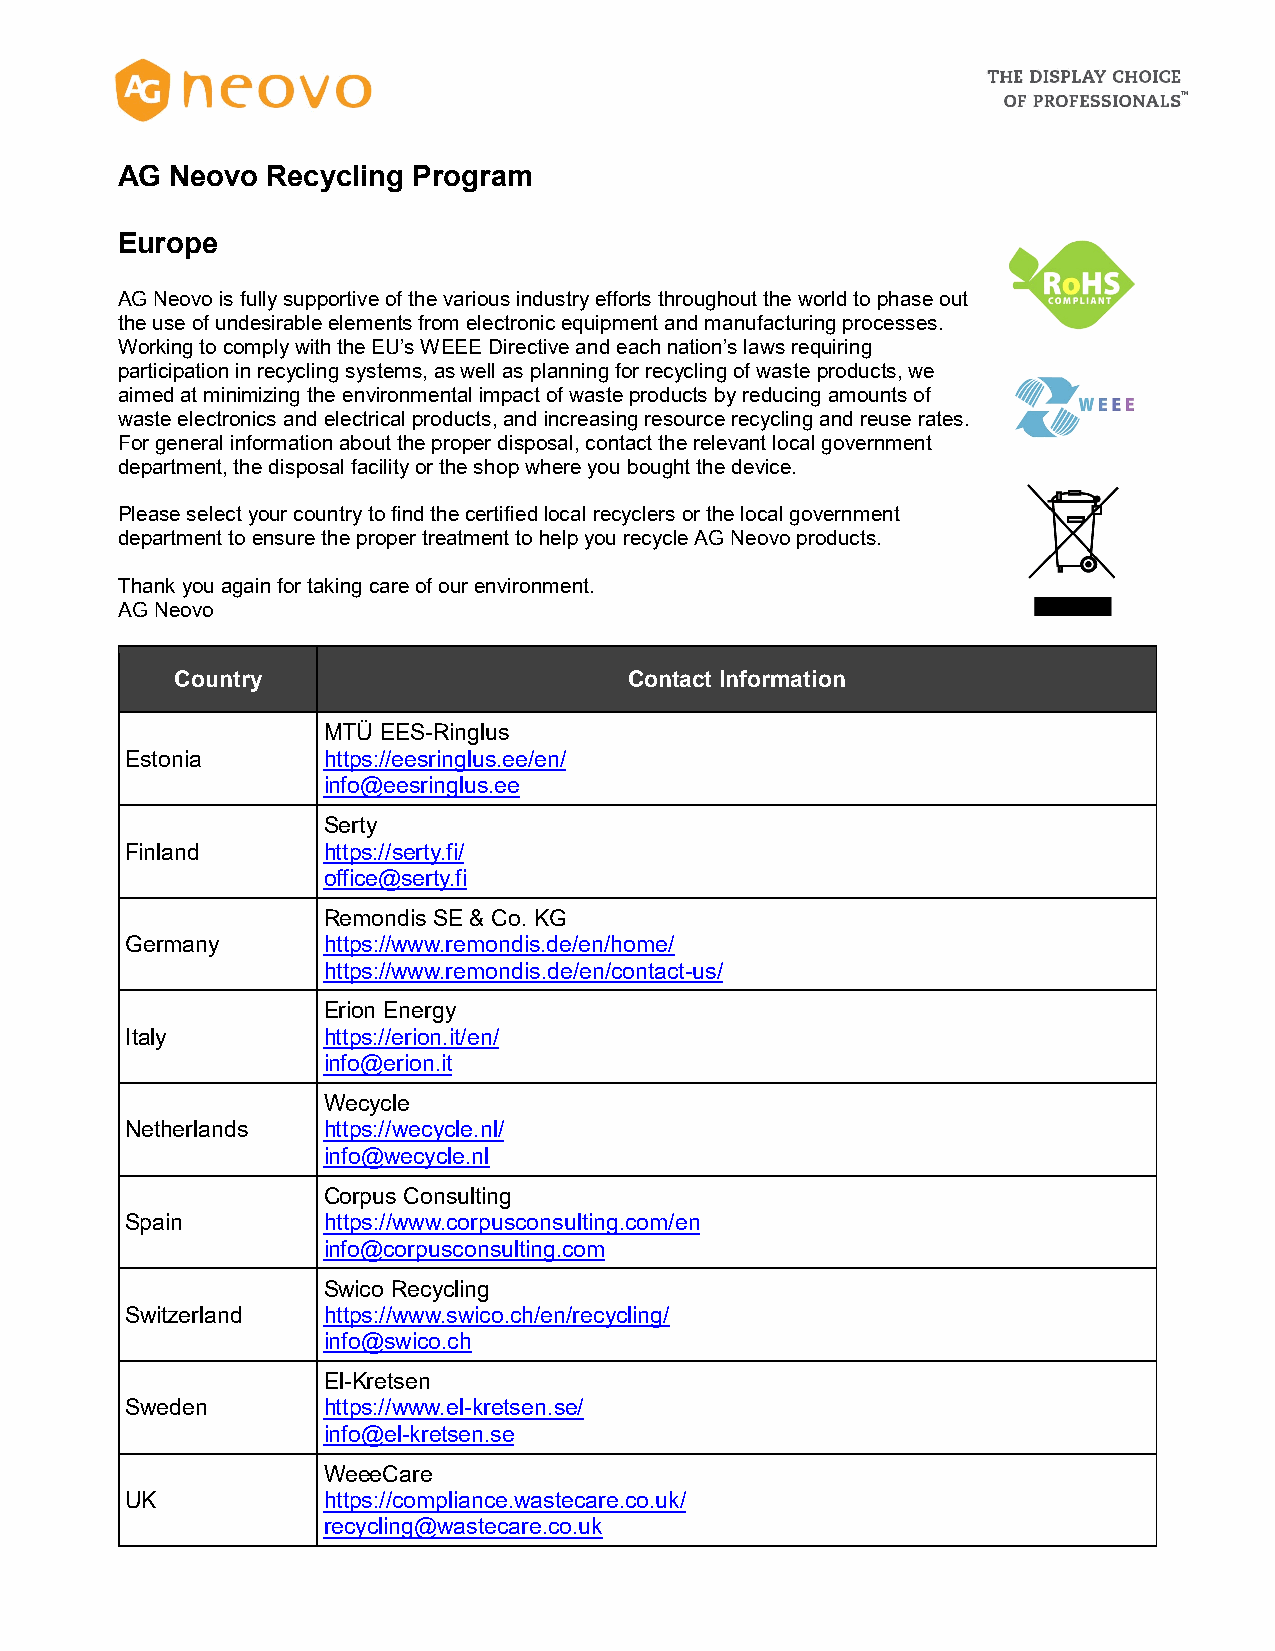
AG Neovo  Recycling Program
 Europe
 AG Neovo is fully supportive of the various industry efforts throughout the world to phase out
 the use of undesirable elements from electronic equipment and manufacturing processes.
 Working to comply with the EU’s WEEE Directive and each nation’s laws requiring
 participation in recycling systems, as well as planning for recycling of waste products, we
 aimed at minimizing the environmental impact of waste products by reducing amounts of
 waste electronics and electrical products, and increasing resource recycling and reuse rates.
 For general information about the proper disposal, contact the relevant local government
 department, the disposal facility or the shop where you bought the device.
 Please select your country to find the certified local recyclers or the local government
 department to ensure the proper treatment to help you recycle AG Neovo products.
 Thank you again for taking care of our environment.
 AG Neovo
 Country                       Contact Information
 MTÜ EES-Ringlus
 Estonia      https://eesringlus.ee/en/
 info@eesringlus.ee
 Serty
 Finland      https://serty.fi/
 office@serty.fi
 Remondis SE & Co. KG
 Germany      https://www.remondis.de/en/home/
 https://www.remondis.de/en/contact-us/
 Erion Energy
 Italy        https://erion.it/en/
 info@erion.it
 Wecycle
 Netherlands  https://wecycle.nl/
 info@wecycle.nl
 Corpus Consulting
 Spain        https://www.corpusconsulting.com/en
 info@corpusconsulting.com
 Swico Recycling
 Switzerland  https://www.swico.ch/en/recycling/
 info@swico.ch
 El-Kretsen
 Sweden       https://www.el-kretsen.se/
 info@el-kretsen.se
 WeeeCare
 UK           https://compliance.wastecare.co.uk/
 recycling@wastecare.co.uk